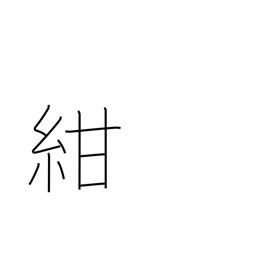
Meaning: dark blue